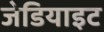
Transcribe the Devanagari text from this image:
जेडियाइट